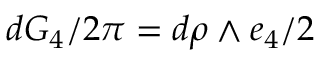
d G _ { 4 } / { 2 \pi } = d \rho \land e _ { 4 } / 2